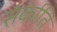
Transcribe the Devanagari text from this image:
संर्काति